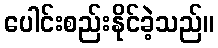
ပေါင်းစည်းနိုင်ခဲ့သည်။